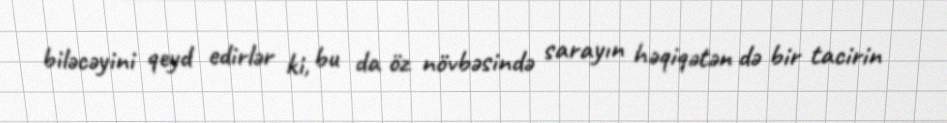
biləcəyini qeyd edirlər ki, bu da öz növbəsində sarayın həqiqətən də bir tacirin